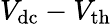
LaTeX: V_{\mathrm{dc}}-V_{\mathrm{th}}